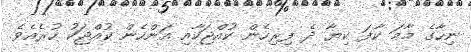
ނިހާގެ މާމަ ކާފަ ކިޔާ ދެ ފިރިހެން ކުއްޖަކާއި އަންހެން ކުއްޖަކު ހުރެެއެވެ.